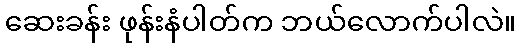
ဆေးခန်း ဖုန်းနံပါတ်က ဘယ်လောက်ပါလဲ။